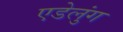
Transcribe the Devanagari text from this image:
एडेलुंग